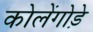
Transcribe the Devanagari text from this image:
कोलेंगोड़े